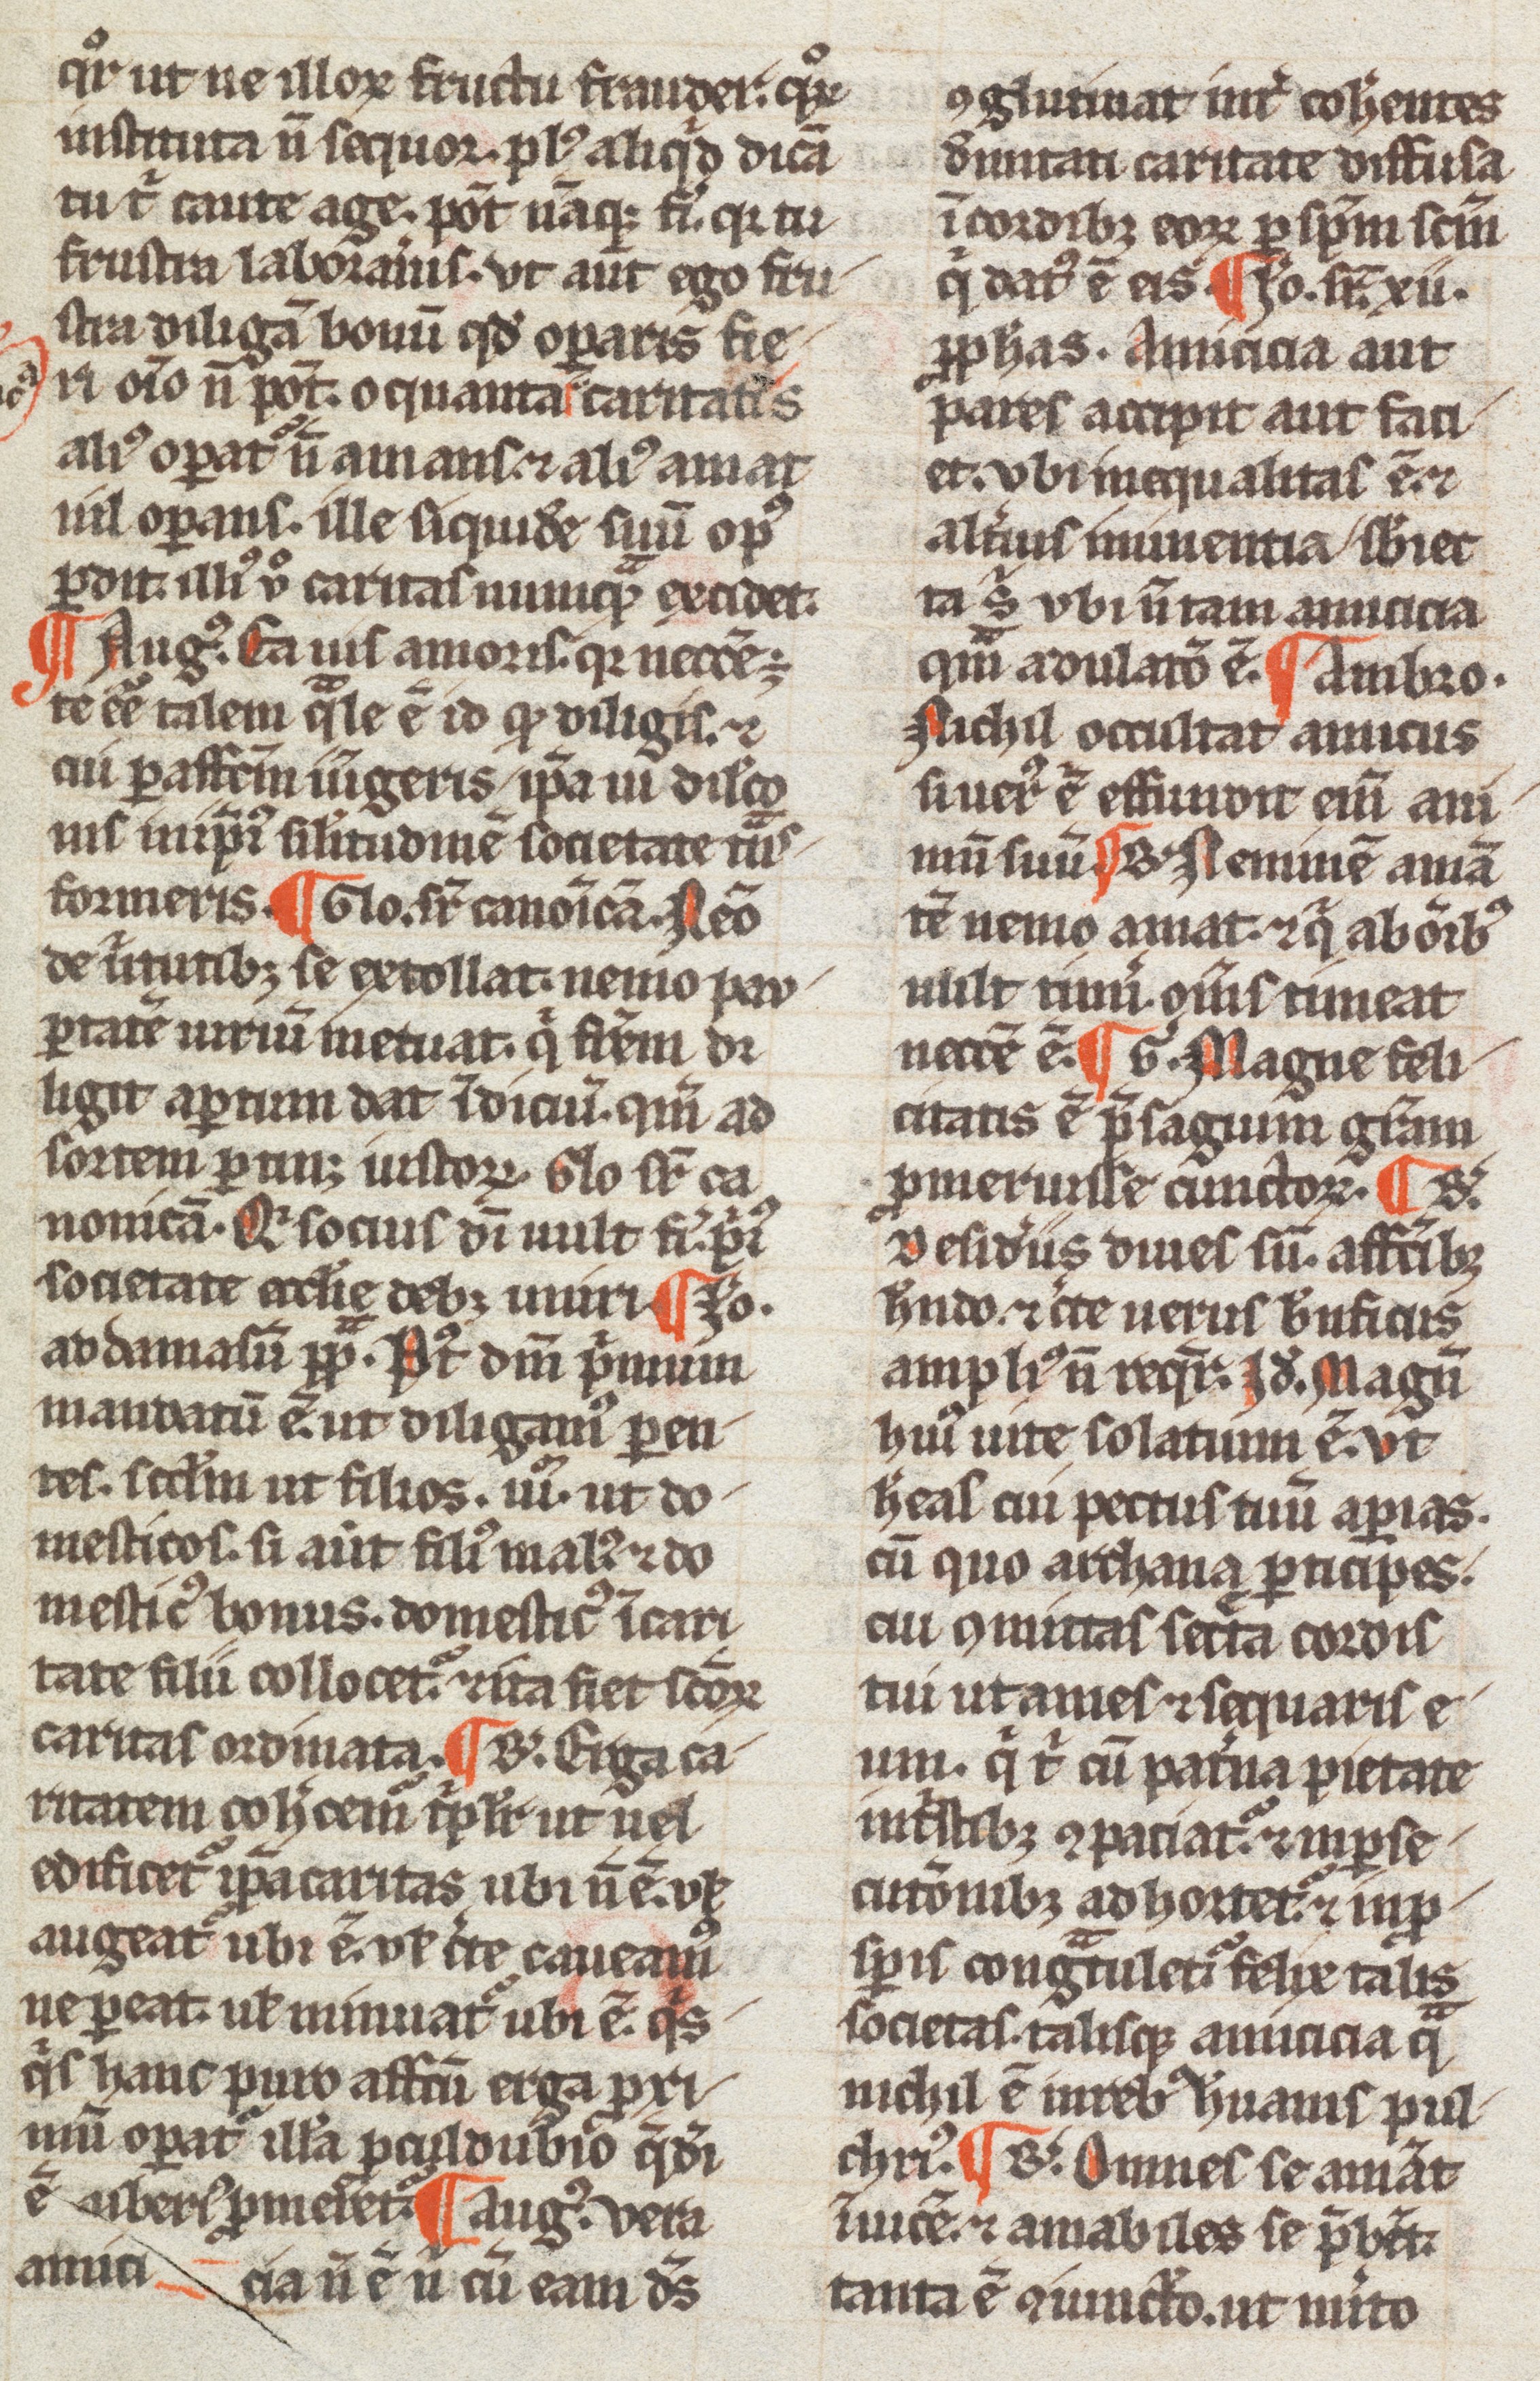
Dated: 1200–1399